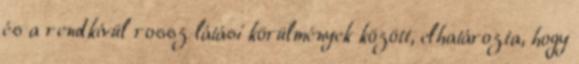
és a rendkívül rossz látási körülmények között, elhatározta, hogy